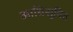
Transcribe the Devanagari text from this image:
आधिसूचित